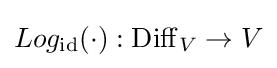
Log_{\rm {id}}(\cdot ):\operatorname {Diff} _{V}\to V